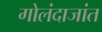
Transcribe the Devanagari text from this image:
गोलंदाजांत